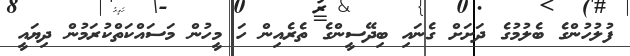
ފުލުހުންގެ ބެލުމުގެ ދަށަށް ގެނައި ބިދޭސީންގެ ތެރެއިން ހަ މީހުން މަސައްކަތްކުރަމުން ދިޔައީ